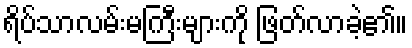
ရိပ်သာလမ်းမကြီးများကို ဖြတ်လာခဲ့၏။